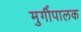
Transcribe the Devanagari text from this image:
मुर्गीपालक